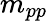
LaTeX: m_{pp}